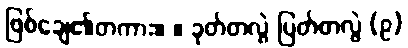
ဖြစ်ချေ၏တကား။ ။ ခုတ်တလွဲ ပြတ်တလွဲ (၉)